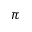
\pi